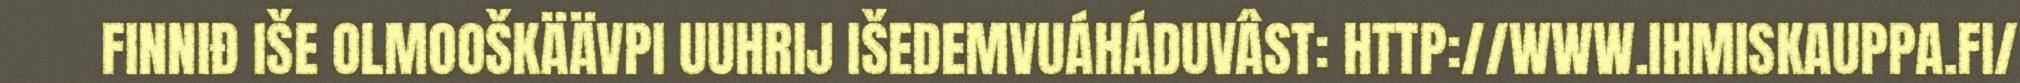
FINNIĐ IŠE OLMOOŠKÄÄVPI UUHRIJ IŠEDEMVUÁHÁDUVÂST: HTTP://WWW.IHMISKAUPPA.FI/